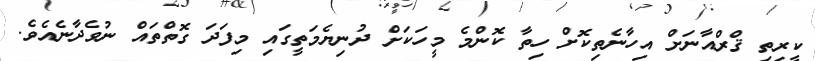
ކީރިތި ޤްރްއާނަށް އިހާނެތިކޮށް ހިތާ ކޮންމެ މީހަކަށް ދުނިޔެމަތީގައި މިފަދަ ގޮތްތައް ނުވެދާނެއެވެ.